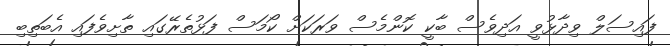
ފައިސަލް ވިދާޅުވީ އަދިވެސް ބާކީ ކޮންމެސް ވަރަކަށް ކޯމަސް ފަޅުތެރޭގައި ތާށިވެފައި އެބަތިބި